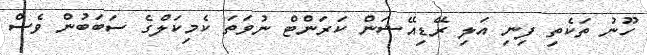
ހޫނު ތަކެތި ފިނި އަލި ރޭޑިއޭޝަން ކަރަންޓް ނުވަތަ ކެމިކަލްގެ ސަބަބުން ވެސް